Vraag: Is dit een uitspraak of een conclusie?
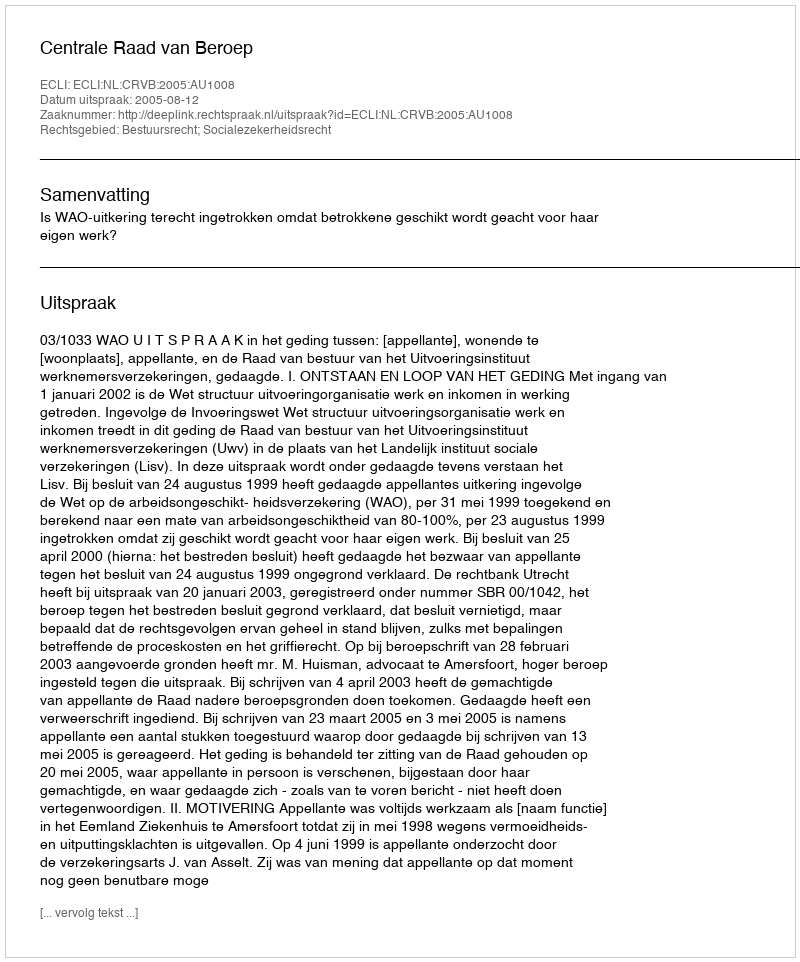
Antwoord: Uitspraak